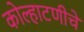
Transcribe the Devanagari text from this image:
कोल्हाटणीचे